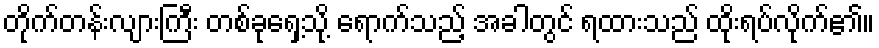
တိုက်တန်းလျားကြီး တစ်ခုရှေ့သို့ ရောက်သည့် အခါတွင် ရထားသည် ထိုးရပ်လိုက်၏။